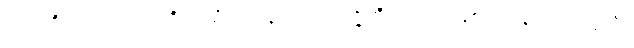
သုဂတိညေဝ၊ သုဂတိဘုံသို့သာလျှင်။ ဥပပဇ္ဇတိ၊ ကပ်၍ဖြစ်ရသနည်း။ ဒုဂ္ဂတိံ၊